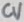
Text: CV